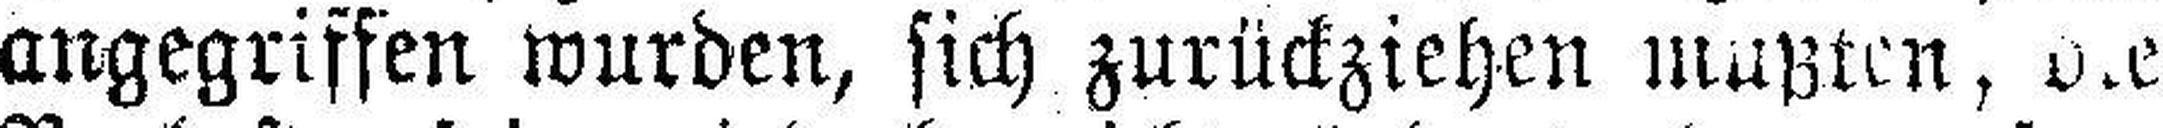
angegriffen wurden, sich zurückziehen mußten, die